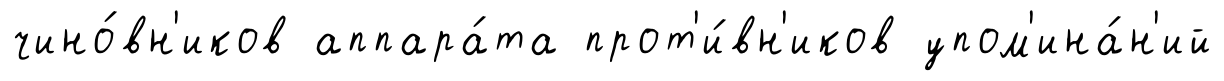
чино́вн'иков аппара́та прот'и́вн'иков упом'ина́н'ий